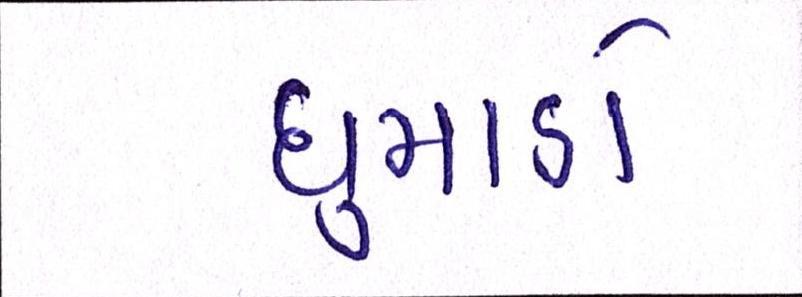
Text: ધુમાડો